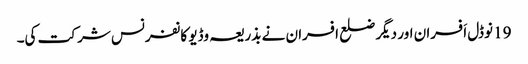
19 نوڈل اَفسران اور دیگر ضلع افسران نے بذریعہ وڈیو کانفرنس شر کت کی۔